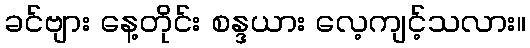
ခင်ဗျား နေ့တိုင်း စန္ဒယား လေ့ကျင့်သလား။